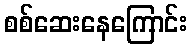
စစ်ဆေးနေကြောင်း